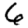
Digit: 6